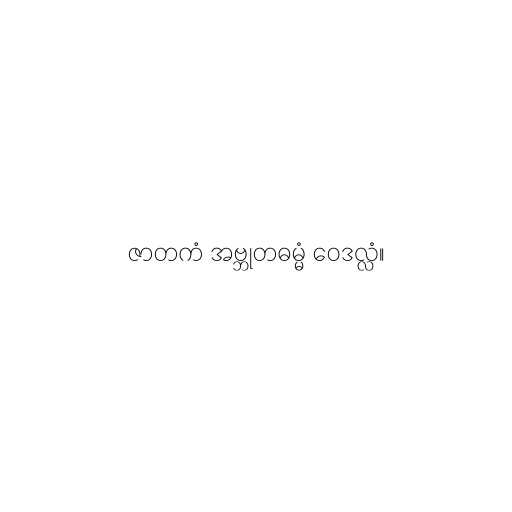
ဇာတကံ အဗ္ဘုတဓမ္မံ ဝေဒလ္လံ။